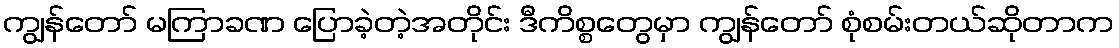
ကျွန်တော် မကြာခဏ ပြောခဲ့တဲ့အတိုင်း ဒီကိစ္စတွေမှာ ကျွန်တော် စုံစမ်းတယ်ဆိုတာက